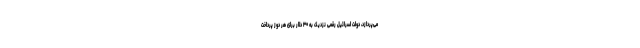
می‌پردازد، دولت اسرائیل رقمی نزدیک به ۳۰ دلار برای هر دوز پرداخت